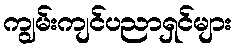
ကျွမ်းကျင်ပညာရှင်များ